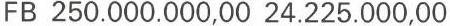
FB 250.000.000,00 24.225.000,00